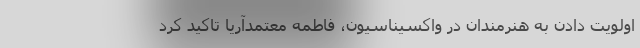
اولویت دادن به هنرمندان در واکسیناسیون، فاطمه معتمدآریا تاکید کرد